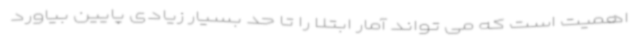
اهمیت است که می تواند آمار ابتلا را تا حد بسیار زیادی پایین بیاورد